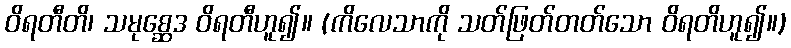
ဝိရတီတိ၊ သမုစ္ဆေဒ ဝိရတီဟူ၍။ (ကိလေသာကို သတ်ဖြတ်တတ်သော ဝိရတိဟူ၍။)